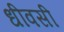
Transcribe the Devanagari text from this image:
धीवसी